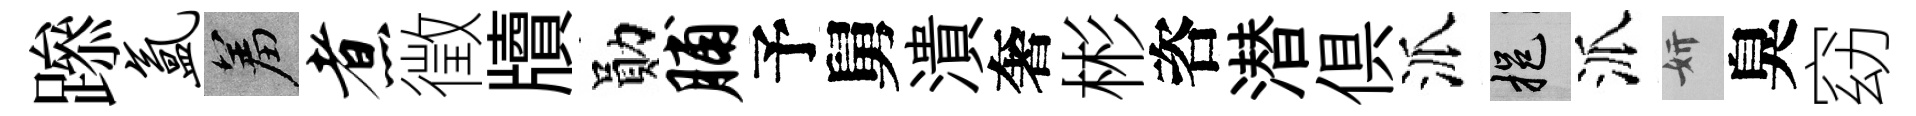
𨅶氲羞煮徵牘勛脯予舅潰奢彬咨潜俱派挹派妍臭窈